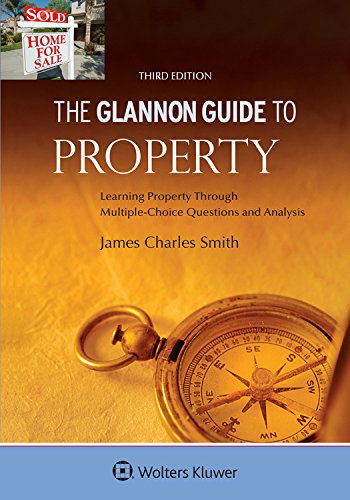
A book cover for Glannon Guide To Property: Learning Property Through Multiple-Choice Questions and Analysis (Glannon Guides); James Charles Smith; Law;